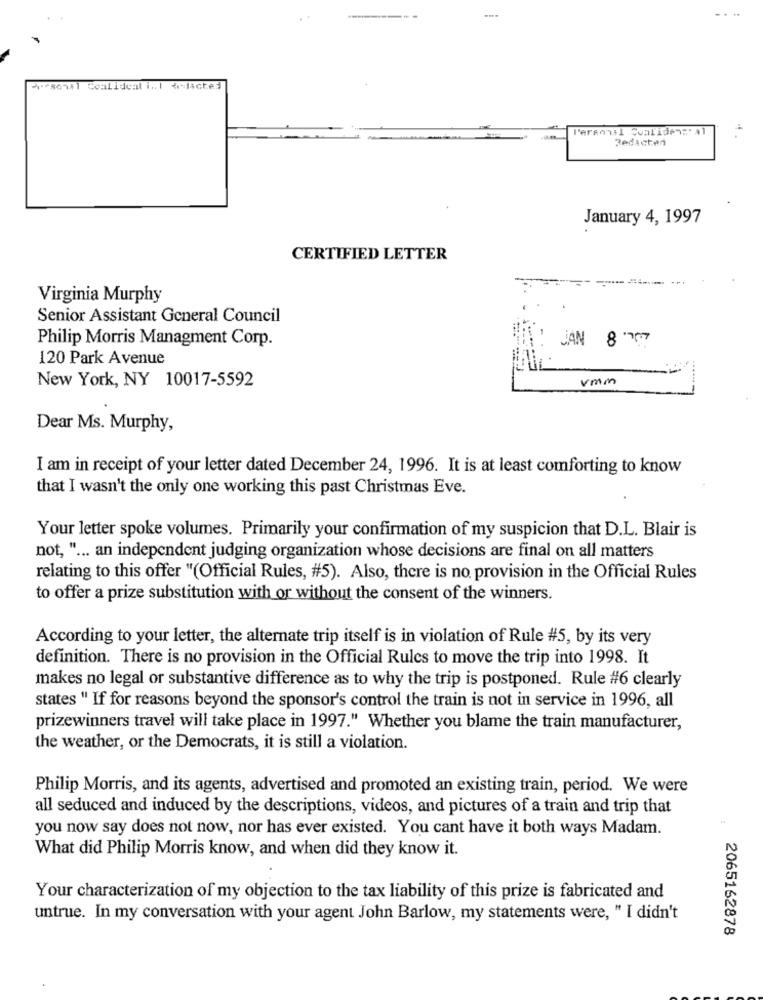
Ristactes
Personal Conliden:' al
Redacten
January 4, 1997
CERTIFIED LETTER
Virginia Murphy
Senior Assistant General Council
Philip Morris Managment Corp.
JAN 8 07
120 Park Avenue
New York, NY 10017-5592
vmm
Dear Ms. Murphy,
I am in receipt of your letter dated December 24, 1996. It is at least comforting to know
that I wasn't the only one working this past Christmas Eve.
Your letter spoke volumes. Primarily your confirmation of my suspicion that D.L. Blair is
not, " ... an independent judging organization whose decisions are final on all matters
relating to this offer "(Official Rules, #5). Also, there is no provision in the Official Rules
to offer a prize substitution with or without the consent of the winners.
According to your letter, the alternate trip itself is in violation of Rule #5, by its very
definition. There is no provision in the Official Rules to move the trip into 1998. It
makes no legal or substantive difference as to why the trip is postponed. Rule #6 clearly
states " If for reasons beyond the sponsor's control the train is not in service in 1996, all
prizewinners travel will take place in 1997." Whether you blame the train manufacturer,
the weather, or the Democrats, it is still a violation.
Philip Morris, and its agents, advertised and promoted an existing train, period. We were
all seduced and induced by the descriptions, videos, and pictures of a train and trip that
you now say does not now, nor has ever existed. You cant have it both ways Madam.
What did Philip Morris know, and when did they know it.
Your characterization of my objection to the tax liability of this prize is fabricated and
untrue. In my conversation with your agent John Barlow, my statements were, " I didn't
2065162878